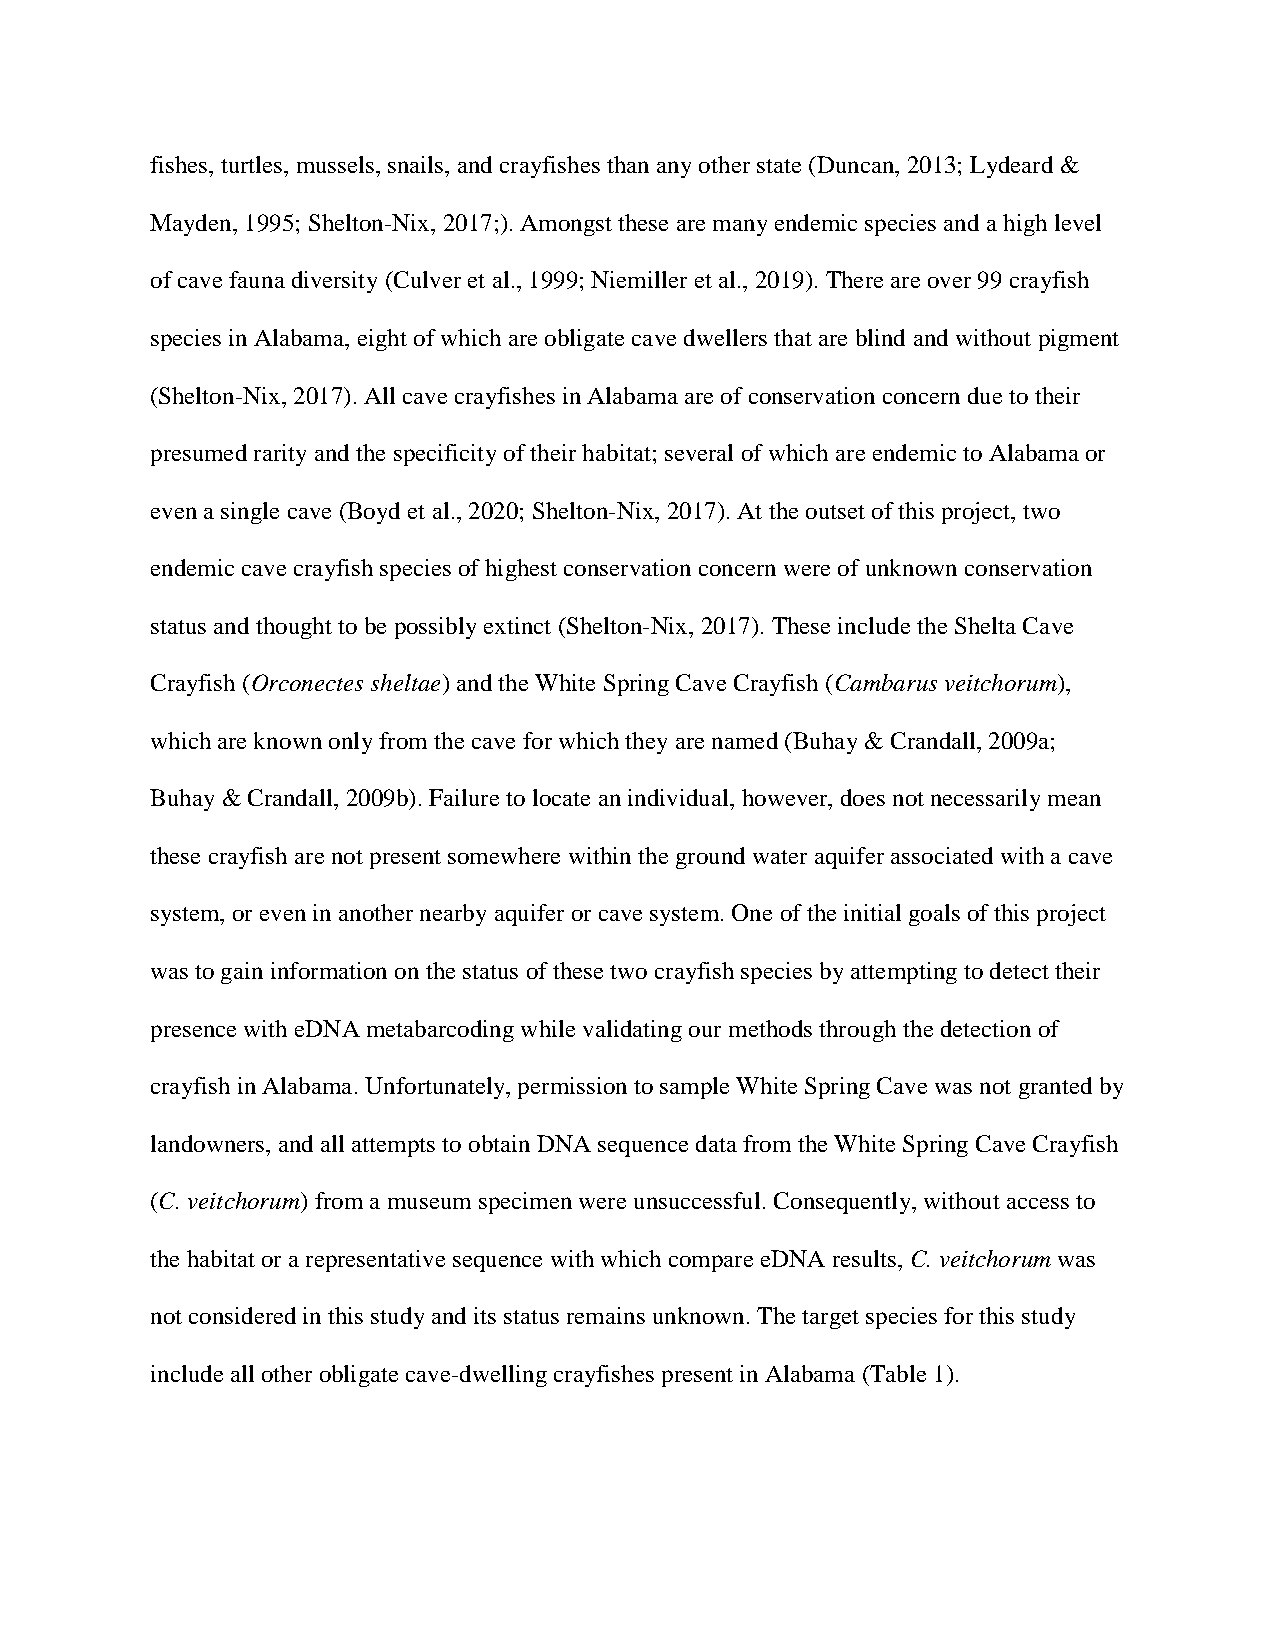
fishes, turtles, mussels, snails, and crayfishes than any other state (Duncan, 2013; Lydeard &
 Mayden, 1995; Shelton-Nix, 2017;). Amongst these are many endemic species and a high level
 of cave fauna diversity (Culver et al., 1999; Niemiller et al., 2019). There are over 99 crayfish
 species in Alabama, eight of which are obligate cave dwellers that are blind and without pigment
 (Shelton-Nix, 2017). All cave crayfishes in Alabama are of conservation concern due to their
 presumed rarity and the specificity of their habitat; several of which are endemic to Alabama or
 even a single cave (Boyd et al., 2020; Shelton-Nix, 2017). At the outset of this project, two
 endemic cave crayfish species of highest conservation concern were of unknown conservation
 status and thought to be possibly extinct (Shelton-Nix, 2017). These include the Shelta Cave
 Crayfish (Orconectes sheltae) and the White Spring Cave Crayfish (Cambarus veitchorum),
 which are known only from the cave for which they are named (Buhay & Crandall, 2009a;
 Buhay & Crandall, 2009b). Failure to locate an individual, however, does not necessarily mean
 these crayfish are not present somewhere within the ground water aquifer associated with a cave
 system, or even in another nearby aquifer or cave system. One of the initial goals of this project
 was to gain information on the status of these two crayfish species by attempting to detect their
 presence with eDNA metabarcoding while validating our methods through the detection of
 crayfish in Alabama. Unfortunately, permission to sample White Spring Cave was not granted by
 landowners, and all attempts to obtain DNA sequence data from the White Spring Cave Crayfish
 (C. veitchorum) from a museum specimen were unsuccessful. Consequently, without access to
 the habitat or a representative sequence with which compare eDNA results, C. veitchorum was
 not considered in this study and its status remains unknown. The target species for this study
 include all other obligate cave-dwelling crayfishes present in Alabama (Table 1).